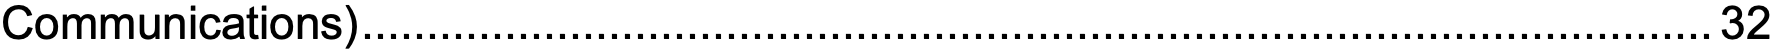
Communications)........................................................................................................32